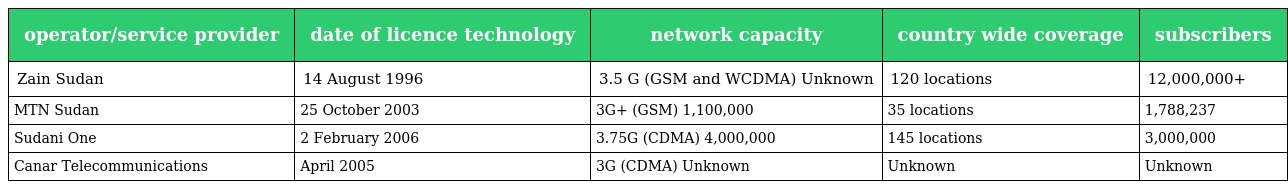
| operator/service provider | date of licence technology | network capacity | country wide coverage | subscribers |
 | --- | --- | --- | --- | --- |
 | Zain Sudan | 14 August 1996 | 3.5 G (GSM and WCDMA) Unknown | 120 locations | 12,000,000+ |
 | MTN Sudan | 25 October 2003 | 3G+ (GSM) 1,100,000 | 35 locations | 1,788,237 |
 | Sudani One | 2 February 2006 | 3.75G (CDMA) 4,000,000 | 145 locations | 3,000,000 |
 | Canar Telecommunications | April 2005 | 3G (CDMA) Unknown | Unknown | Unknown |